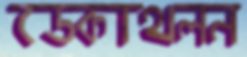
ডেকাথলন